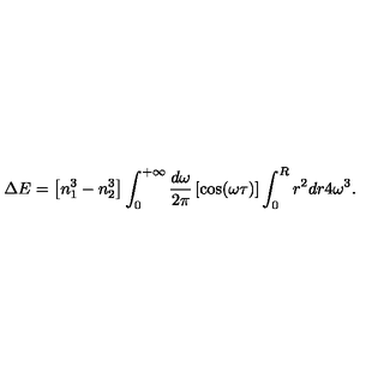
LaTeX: \Delta E = \left[ n _ { 1 } ^ { 3 } - n _ { 2 } ^ { 3 } \right] \int _ { 0 } ^ { + \infty } { \frac { d \omega } { 2 \pi } } \left[ \cos ( \omega \tau ) \right] \int _ { 0 } ^ { R } r ^ { 2 } d r 4 \omega ^ { 3 } .